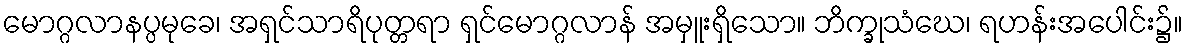
မောဂ္ဂလာနပ္ပမုခေ၊ အရှင်သာရိပုတ္တရာ ရှင်မောဂ္ဂလာန် အမှူးရှိသော။ ဘိက္ခုသံဃေ၊ ရဟန်းအပေါင်း၌။